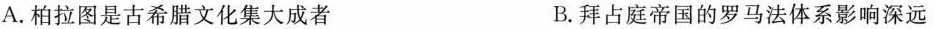
A.柏拉图是古希腊文化集大成者 B.拜占庭帝国的罗马法体系影响深远